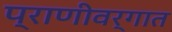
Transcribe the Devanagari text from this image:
प्राणीवर्गात